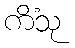
ကိံသု